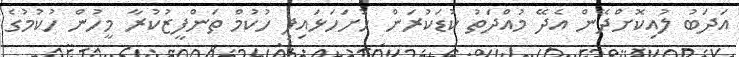
އަދަބު ލުއިކޮށްދޭން އެދޭ މުއްދަތު ކުޑަކުރަން ހުށަހަަޅައިފި ހުކުމް ތަންފީޒުކުރާ މީހުން ހުކުމުގެ